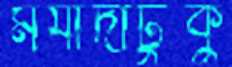
মর্যাদাটুকু